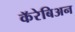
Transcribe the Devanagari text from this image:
कॅरेबिअन